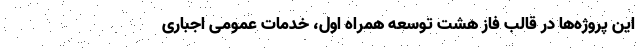
این پروژه‌ها در قالب فاز هشت توسعه همراه اول، خدمات عمومی اجباری